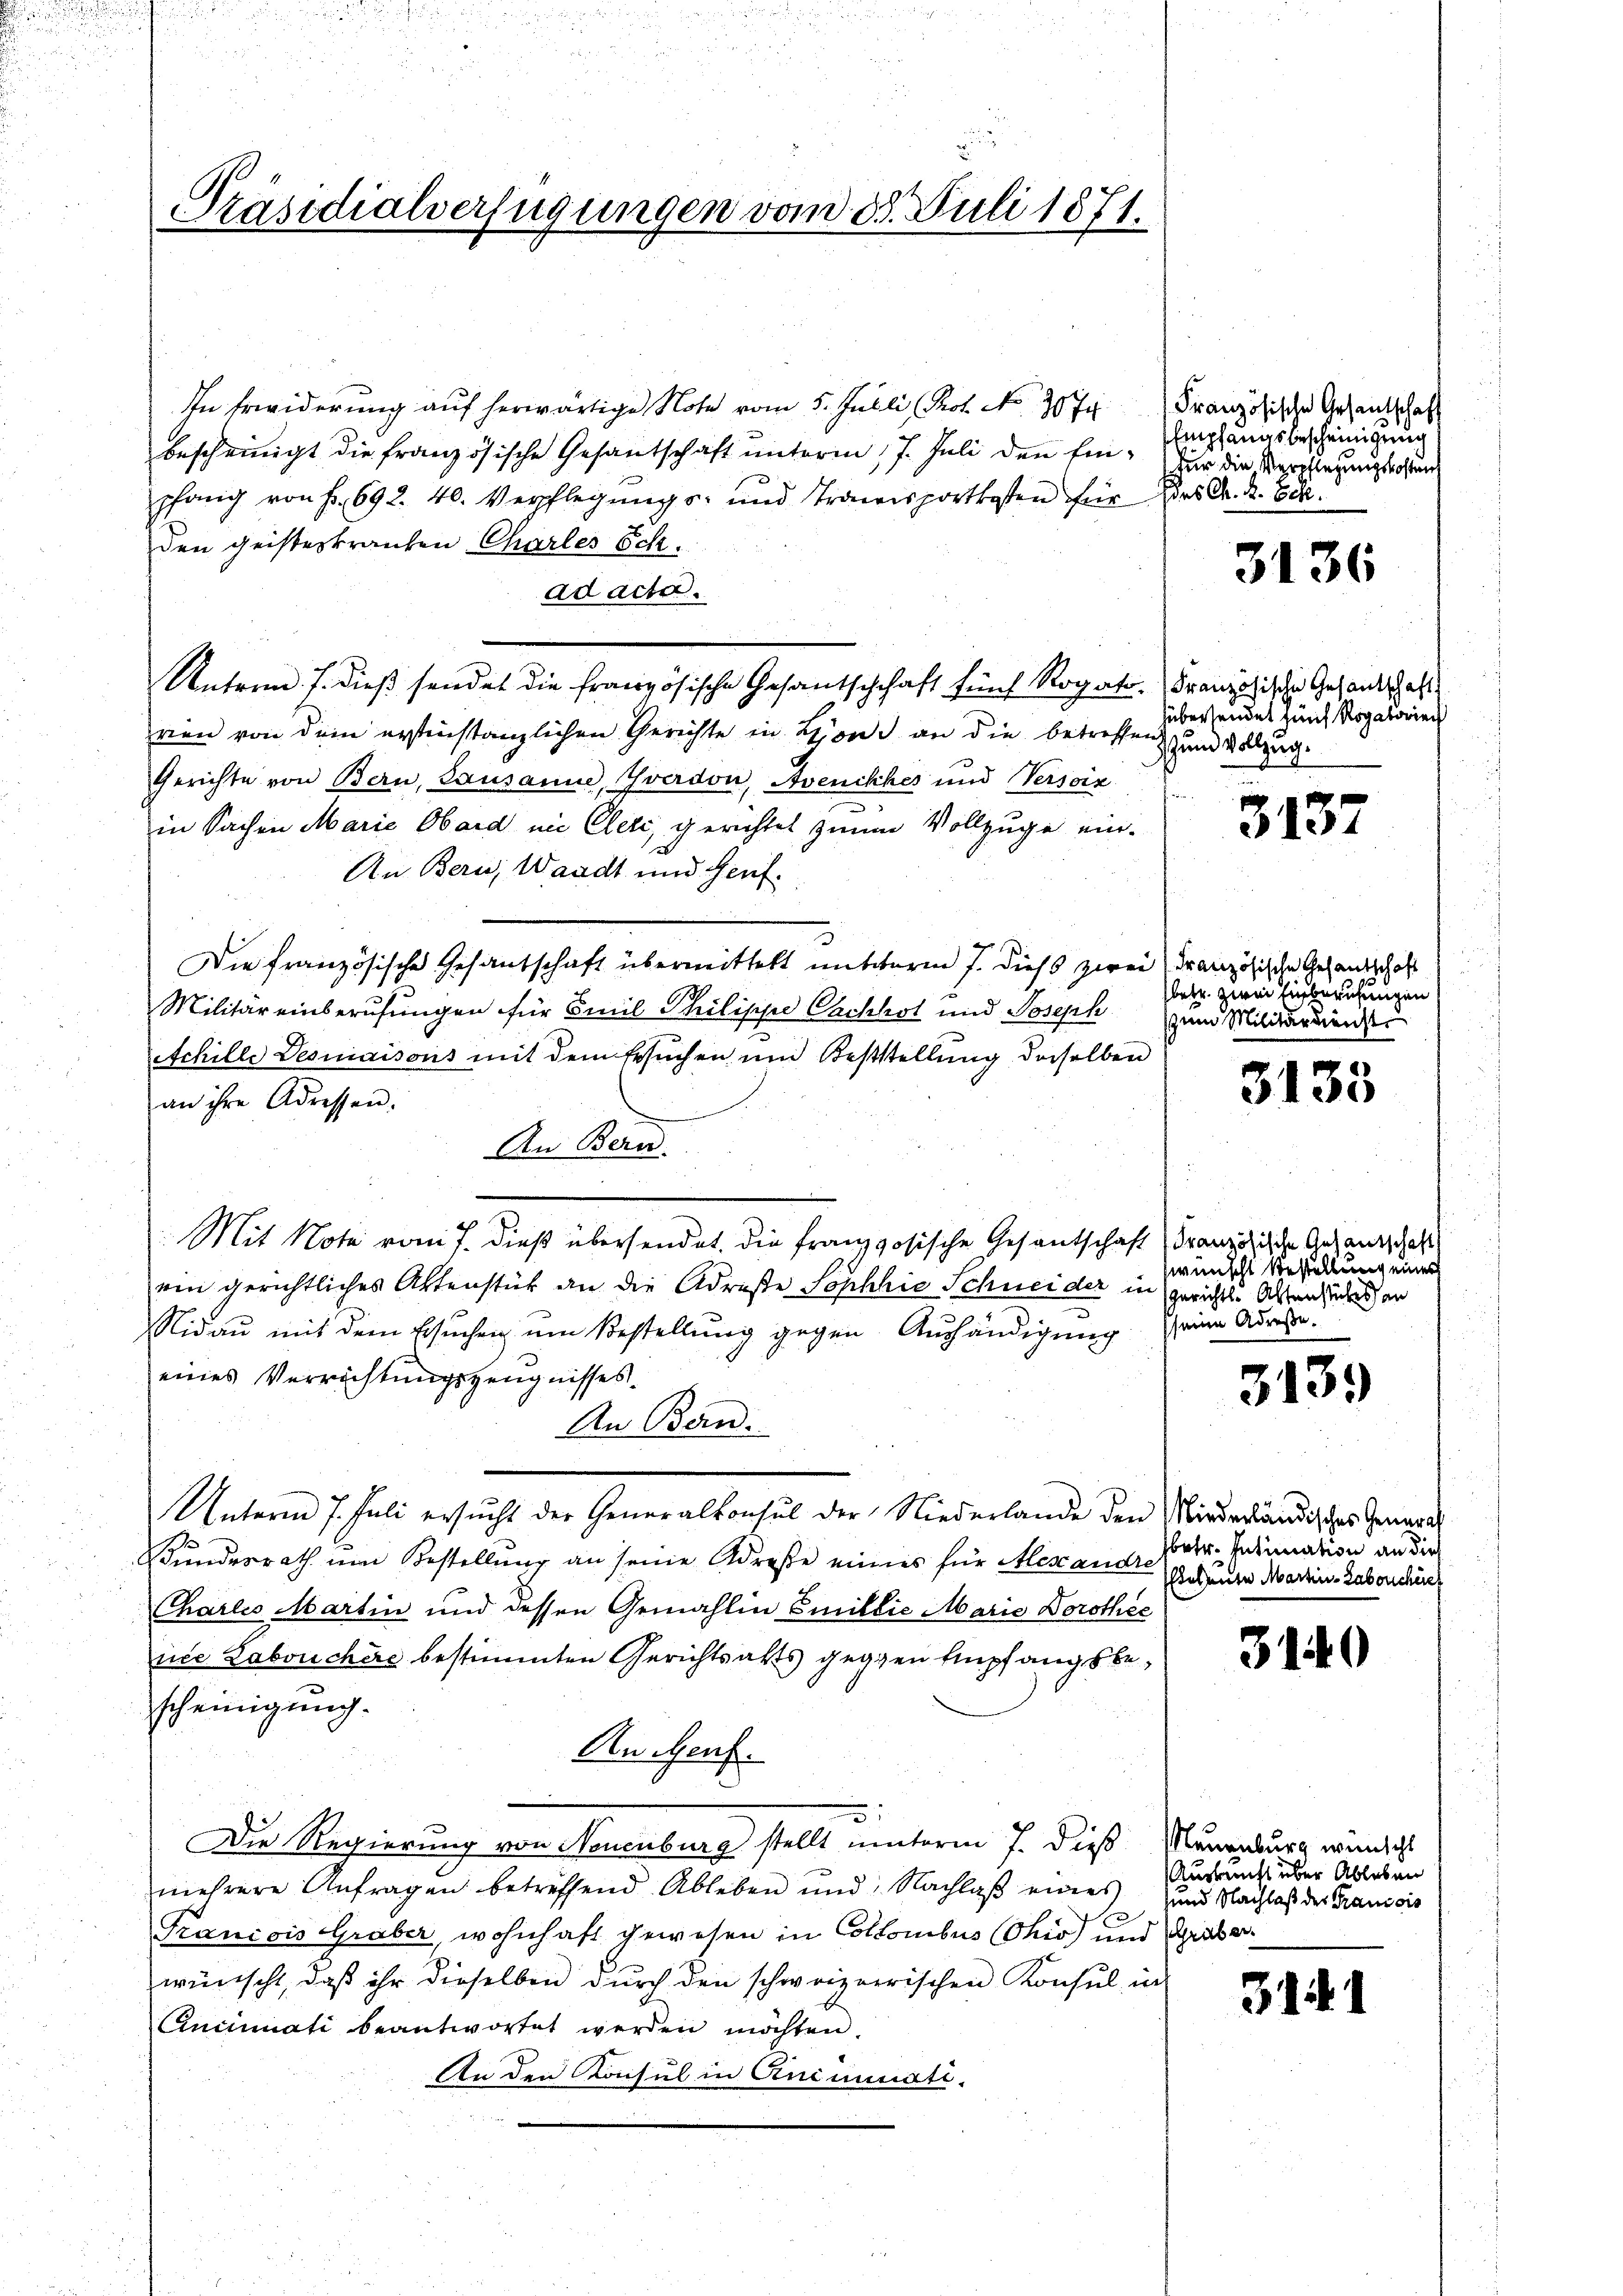
In Erwiderung auf herwärtige Note vom 5. Julli Prof. No 20 J. Französische Arsentschaft
bescheinigt die französische Gesandtschaft unterm 17. Juli den Einfür die Verpflegungskosten
pfang von Fr. 692. 40. Verpflegungs- und Transportkosten für des A. R. 88.
den geisteskranken Charles Sch.
ad acta.
Unterm 7. dieβ sendet die französische Gesantschchaft fünf Rogato, Französische Gesandschaft
ren von dem erstinstanzlichen Gerichte in Sont an die betreffen
Gerichte von Bern, Lausanne, Yverdon, Avenckhes und Versoiz
in Sachen Marie Obard in Cleri, gerichtet zum Vollzuge ein-
An Bern, Waadt und Genf.
Die französische Gesantschaft übermittelt mitterm 7. diess zwei Französische Gesandschaft
Militareinberufungen für Emil Philippe Cachkot und Joseph
Achille Desniaisons mit dem Ersuchen und Beststellung derselben
an ihre Adressen.
An Bern.
Mit Note vom 7. dieß übersendet. Die französische Gesantschaft Französische Gesandschaft
ein gerichtliches Aktenstück an die Adreste Sophie Schneider in gerichts Alten zudes an
Nidau mit dem Ersuchen um Bestellung gegen Aushändigung seine Adresse.
eines Verrichtungszeugnisses.
An Bern.
Unterm 7. Juli ersucht der Generalkonsul der Niederlande den Wiederländisches General
Bundesrath um Bestellung an seine Adreste eines für Alexandre
Charlis Martin und dessen Gemahlin Emillie Marie Dorothec
nie Labouchere bestimmten Gerichtsalts gegen Empfangsbescheinigung.
An Genf.
3
Die Regierung von Neuenburg stellt unterm 7. Dieß Mauenburg wundes
mehrere Anfragen betreffend Ableben und Nachlaß eines und Nachlass der Francois
Francois Graber, wohnhaft gewesen in Collonibus (Ohio und Gräber
wünscht, daß ihr dieselben durch den schweizerrischen Konsul in
Cincinati beantwortet werden möchten.
An den Konsul in Animinati-

Präsidialverfügungen vom 25. Juli 1871.

Empfangsbescheinigung

3136

übersendet fünf Rogatoriech
Zum Vollzug.

3137

betr. zwei Einberufungen
zum Militärdienst

3133

swünscht Bestellung eine

3139

betr. Intimation an dies
Beleute Martin-Laborchères

3140

Auskunft über Ableben

311